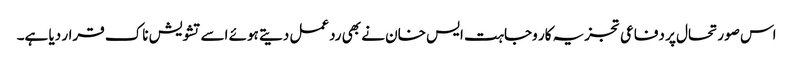
اس صورتحال پر دفاعی تجزیہ کار وجاہت ایس خان نے بھی ردعمل دیتے ہوئے اسے تشویش ناک قرار دیا ہے۔